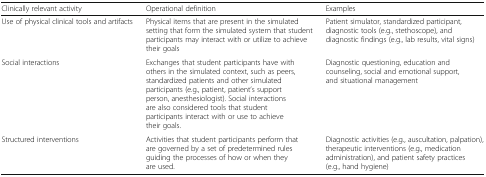
| Clinically relevant activity | Operational definition | Examples |
 | --- | --- | --- |
 | Use of physical clinical tools and artifacts | Physical items that are present in the simulated setting that form the simulated system that student participants may interact with or utilize to achieve their goals | Patient simulator, standardized participant, diagnostic tools (e.g., stethoscope), and diagnostic findings (e.g., lab results, vital signs) |
 | Social interactions | Exchanges that student participants have with others in the simulated context, such as peers, standardized patients and other simulated participants (e.g., patient, patient’s support person, anesthesiologist). Social interactions are also considered tools that student participants interact with or use to achieve their goals. | Diagnostic questioning, education and counseling, social and emotional support, and situational management |
 | Structured interventions | Activities that student participants perform that are governed by a set of predetermined rules guiding the processes of how or when they are used. | Diagnostic activities (e.g., auscultation, palpation), therapeutic interventions (e.g., medication administration), and patient safety practices (e.g., hand hygiene) |